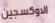
الاوكسجين